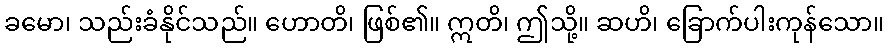
ခမော၊ သည်းခံနိုင်သည်။ ဟောတိ၊ ဖြစ်၏။ ဣတိ၊ ဤသို့။ ဆဟိ၊ ခြောက်ပါးကုန်သော။